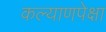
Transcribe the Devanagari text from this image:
कल्याणपेक्षा